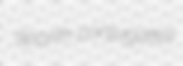
sparth conjugates